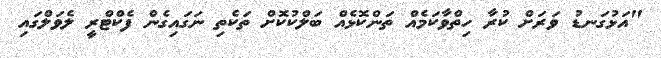
"އަޅުގަނޑު ވަރަށް ކުރާ ހިތްވާކަމެއް ތަންކޮޅެއް ބަލްކުކޮށް ތަކެތި ނަގައިގެން ފެކްޓްރީ ލެވަލްގައި